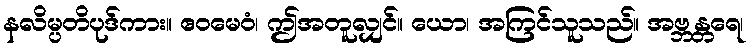
နလိမ္ပတိပုဒ်ကား။ ဧဝမေဝံ၊ ဤအတူလျှင်။ ယော၊ အကြင်သူသည်။ အဗ္ဘန္တရေ၊